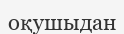
оқушыдан